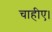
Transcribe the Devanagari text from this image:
चाहीए।